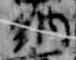
納